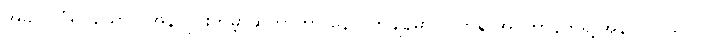
အခုလို ပုံရိပ်ယောင် အွန်လိုင်းကမ္ဘာဆိုတာဟာ နောင်တချိန်မှာ လက်ရှိ အင်တာနက်ရဲ့ အနာဂတ်သွင်ပြင်